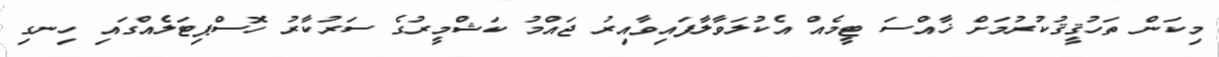
މިކަން ތަހުޤީޤުކުރުމަށް ޚާއްސަ ޓީމެއް އެކުލަވާލާފައިވާއިރު ޖައްމު ކަޝްމީރުގެ ސަރުކާރު ހޮސްޕިޓަލެއްގައި ހިނގި